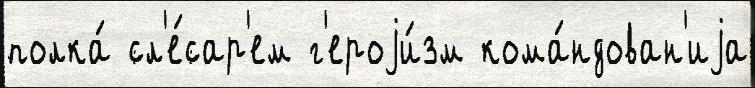
полка́ сл'е́сар'ем г'ероjи́зм кома́ндован'иjа